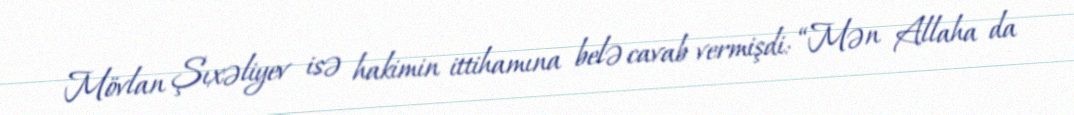
Mövlan Şıxəliyev isə hakimin ittihamına belə cavab vermişdi: “Mən Allaha da